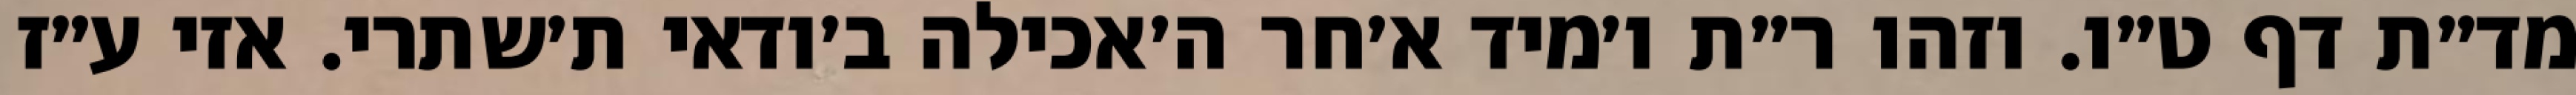
מד״ת דף ט״ו. וזהו ר״ת ו׳מיד א׳חר ה׳אכילה ב׳ודאי ת׳שתרי. אזי ע״ז